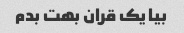
بیا یک قران بهت بدم